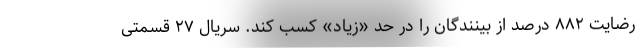
رضایت ۸۸۲ درصد از بینندگان را در حد «زیاد» کسب کند. سریال ۲۷ قسمتی